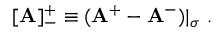
[ \mathbf { A } ] _ { - } ^ { + } \equiv ( \mathbf { A } ^ { + } - \mathbf { A } ^ { - } ) | _ { \sigma } ~ .